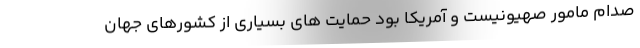
صدام مامور صهیونیست و آمریکا بود حمایت های بسیاری از کشورهای جهان